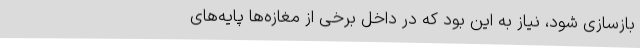
بازسازی شود، نیاز به این بود که در داخل برخی از مغازه‌ها پایه‌های